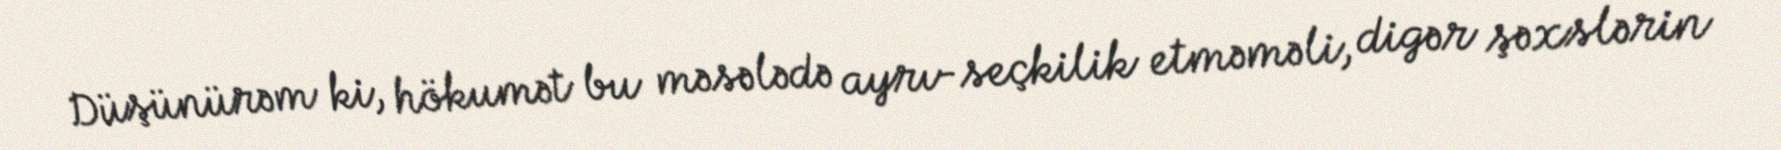
Düşünürəm ki, hökumət bu məsələdə ayrı-seçkilik etməməli, digər şəxslərin